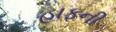
હાફની